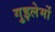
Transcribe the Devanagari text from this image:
गुइलेर्मो